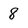
Character: 8